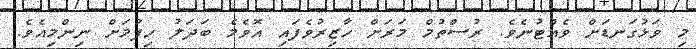
މި ވަޅުގަނޑަށް ވެއްޓުނެވެ. ރުސްތުމް މަރަށް ހާޒިރުވެފައި އޮވެމެ ބަދަލު ހިފުމަށް ނިންމިއެވެ.